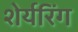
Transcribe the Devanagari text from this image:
शेर्यरिंग